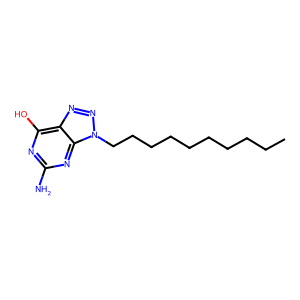
SMILES: CCCCCCCCCCn1nnc2c(O)nc(N)nc21
Inhibits HIV replication: No